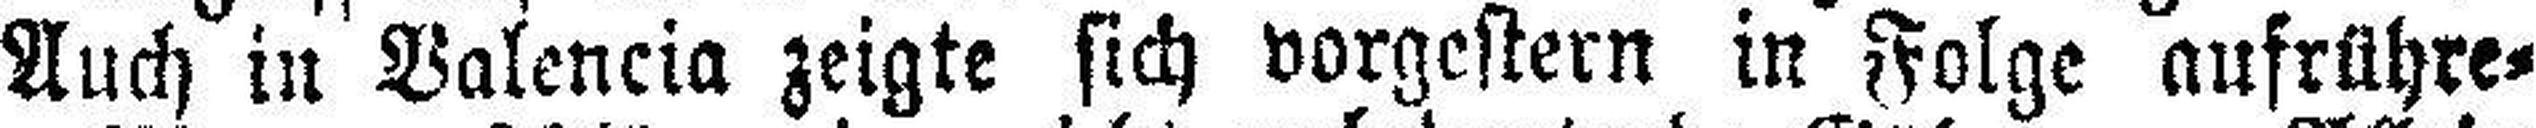
Auch in Valencia zeigte sich vorgestern in Folge aufrühre¬